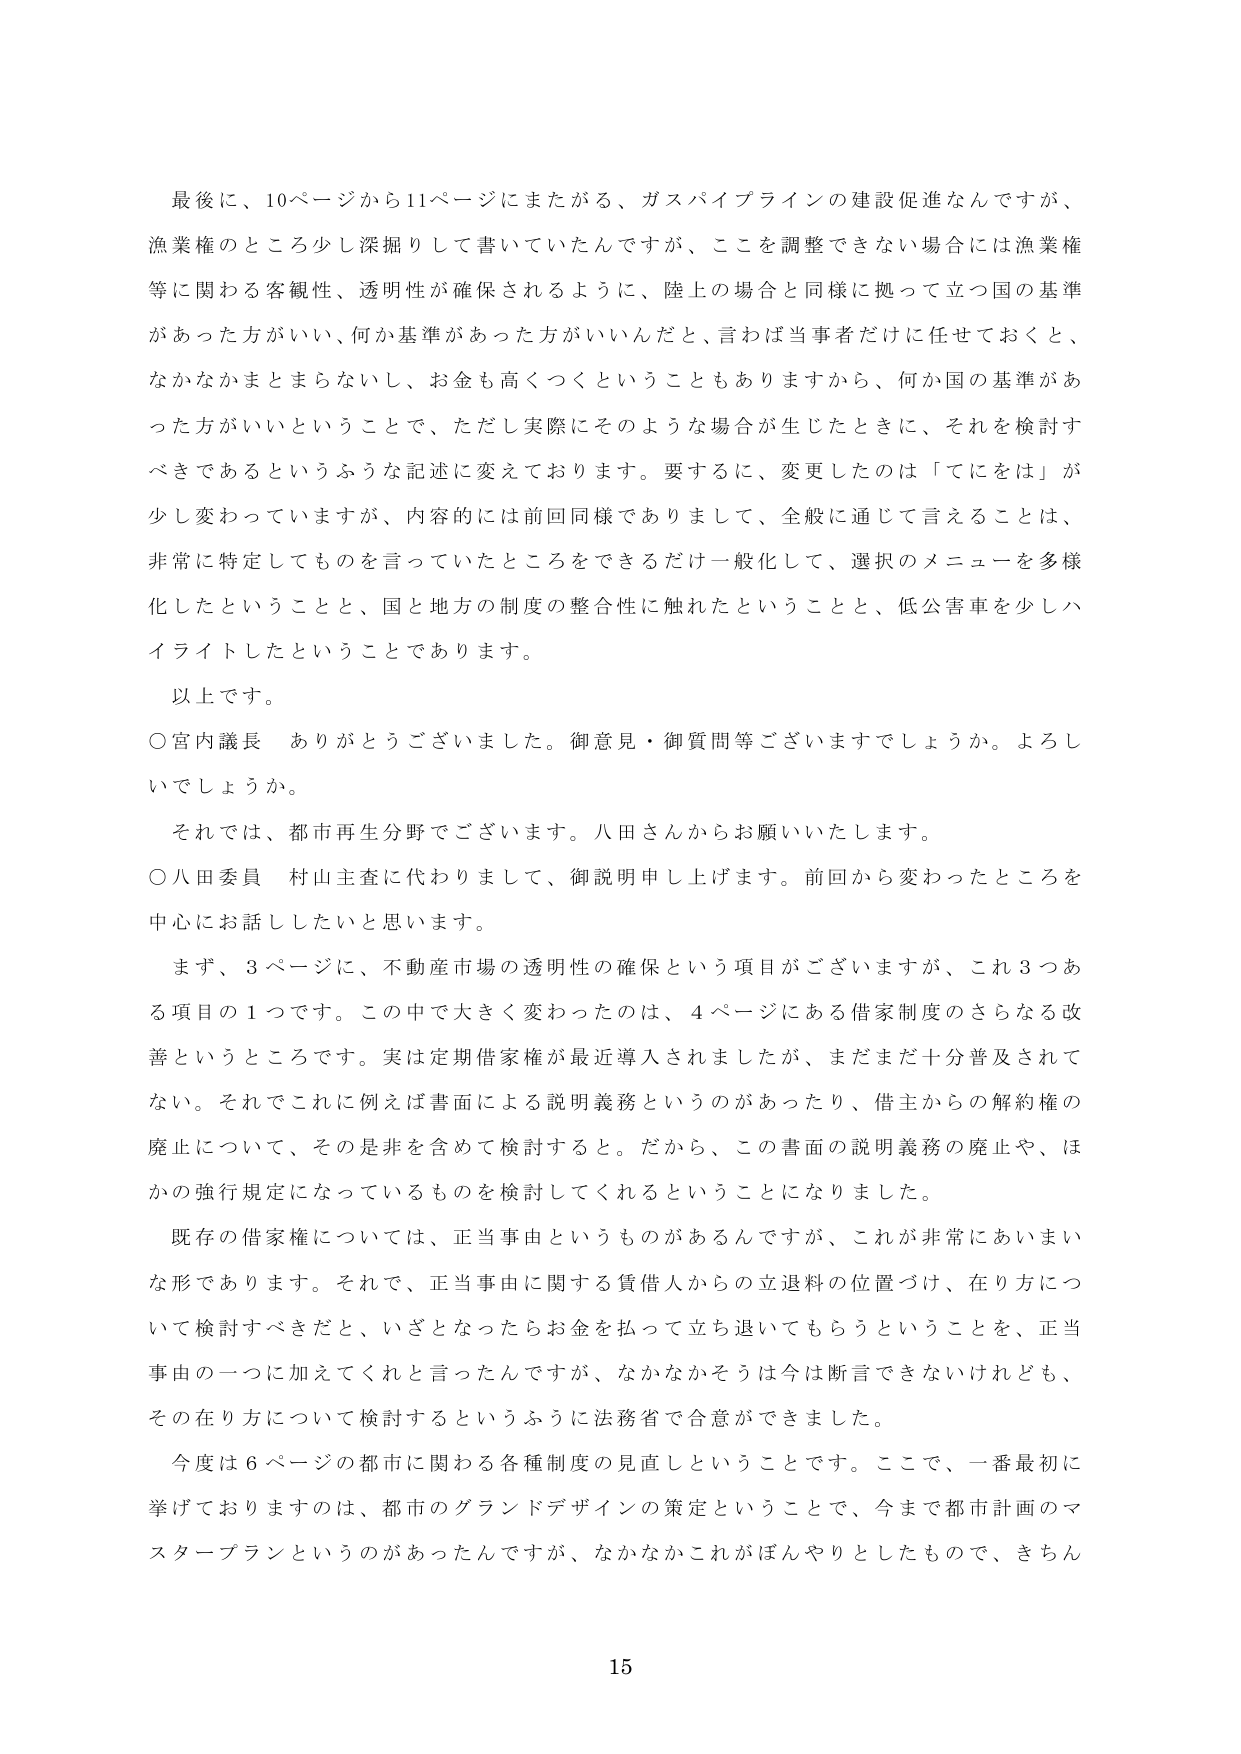
最後に、10ページから11ページにまたがる、ガスパイプラインの建設促進なんですが、
漁業権のところ少し深掘りして書いていたんですが、ここを調整できない場合には漁業権
等に関わる客観性、透明性が確保されるように、陸上の場合と同様に拠って立つ国の基準
があった方がいい、何か基準があった方がいいんだと、言わば当事者だけに任せておくと、
なかなかまとまらないし、お金も高くつくということもありますから、何か国の基準があ
った方がいいということで、ただし実際にそのような場合が生じたときに、それを検討す
べきであるというふうな記述に変えております。要するに、変更したのは「てにをは」が
少し変わっていますが、内容的には前回同様でありまして、全般に通じて言えることは、
非常に特定してものを言っていたところをできるだけ一般化して、選択のメニューを多様
化したということと、国と地方の制度の整合性に触れたということと、低公害車を少しハ
イライトしたということです。

以上です。

○宮内議長　ありがとうございました。御意見・御質問等ございますでしょうか。よろし
いでしょうか。

それでは、都市再生分野でございます。八田さんからお願いいたします。

○八田委員　村山主査に代わりまして、御説明申し上げます。前回から変わったところを
中心にお話したいと思います。

まず、3ページに、不動産市場の透明性の確保という項目がございますが、これ3つあ
る項目の1つです。この中で大きく変わったのは、4ページにある借家制度のさらなる改
善というところです。実は定期借家権が最近導入されましたが、まだまだ十分普及されて
ない。それでこれに例えば書面による説明義務というのがあったり、借主からの解約権の
廃止について、その是非を含めて検討すると。だから、この書面の説明義務の廃止や、ほ
かの強行規定になっているものを検討してくれるということになりました。

既存の借家権については、正当事由というものが有るんですが、これが非常にあいまい
な形であります。それで、正当事由に関する賃借人からの立退料の位置づけ、在り方につ
いて検討すべきだと、いざとなったらお金を払って立ち退いてもらうということを、正当
事由の一つに加えてくれと言ったんですが、なかなかそうは今は断言できないけれども、
その在り方について検討するというふうに法務省で合意ができました。

今度は6ページの都市に関わる各種制度の見直しということです。ここで、一番最初に
挙げておりますのは、都市のグランドデザインの策定ということで、今まで都市計画のマ
スタープランというのがあったんですが、なかなかこれがぼんやりとしたもので、きちん

15